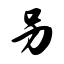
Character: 另